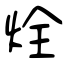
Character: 烇